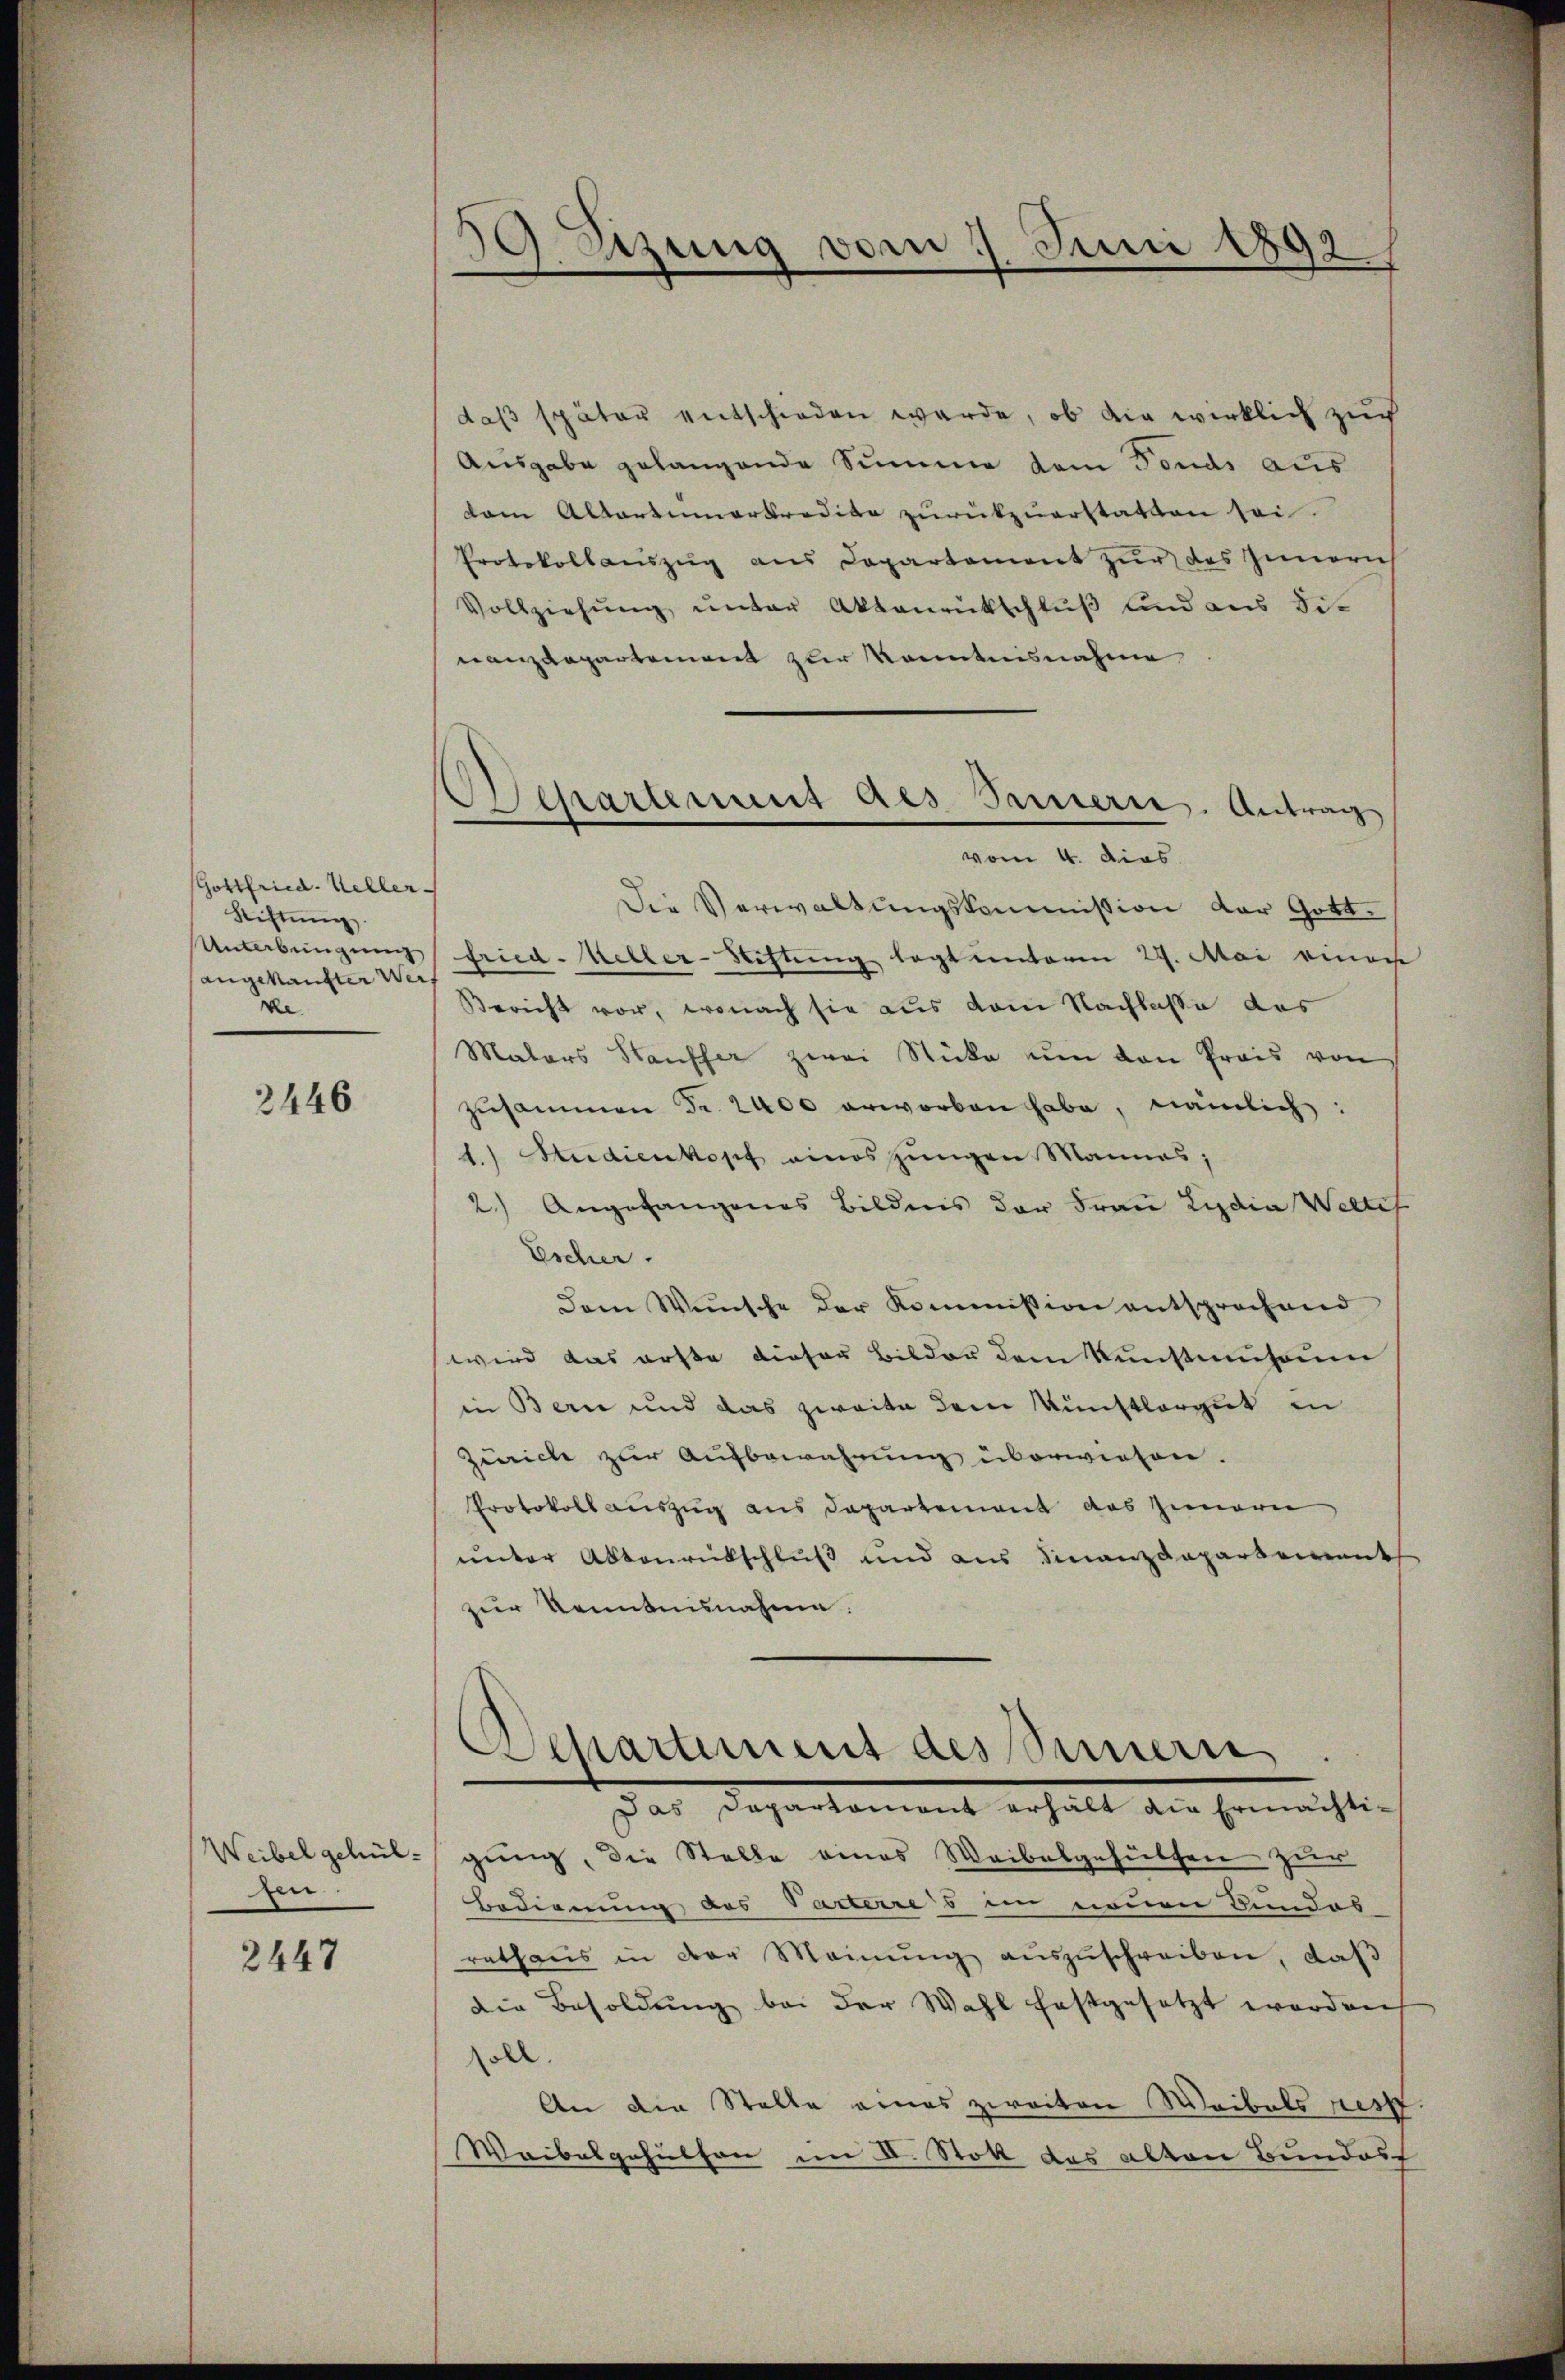
Gottfried. Keller-
Stiftŭng
Unterbungung
angekaufter Weis
de.

2446

Weibel gehül
den

2447

Lzung vom 1. Juni 1892
)

daß später entschieden werde, ob die wirklich zur
Ausgabe gelangende Summe dem Fonds aus
dam Altariumarkredite zŭrükzuerstatten sei.
Protokollaŭszŭg ans Departament zŭr das Inneris
Vollziehŭng ŭnter Aktenrütschlŭβ und aus Sit
nanzdepartement zur Kenntnisnahme
vom 4. dies
Die Verwaltungskommission der Gottfried-Keller-Stiftung legt unteren 29. Mai einer
Bericht vor, wonach sie aus vom Nachlasse des
Mators Hauffer zwei Stücke um den Preis von
zusammen Fr. 2400 erworben habe, nämlich:
1.) Studienkopf eines ungen Mannes;
2.) Angefangenes Bildens der Frau Lydia Welter
Escher.
Dem Wünsche der Kommission entsprochend
wird das erste dieser Bilder dem Kunstmuseum
in Bern und das zweite dem Künstlergut in
Zürich zur Aufbewahrung überwiesen.
Protokoll auszug aus Departement das Innern
unter Aktenrütschluß und aus Finanzdepartement
zur Kenntnisnahme.
Das Departement erhält die Ermächtigung, die Stelle eines Weibelgehülfen zur
Bedienung des Parterres in neuen Bundes
rathaŭs in der Meinŭng aŭszŭschreiben, daβ
Die Besoldung bei der Wahl festgesetzt worden
oll.
An die Stelle eines zweiten Weibels rest
Waibelgehülfen im II. Stoll das alten Bundes

Separtement des Innern. Antrag

Departement des Simmern